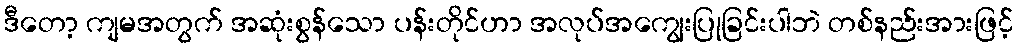
ဒီတော့ ကျမအတွက် အဆုံးစွန်သော ပန်းတိုင်ဟာ အလုပ်အကျွေးပြုခြင်းပါဘဲ တစ်နည်းအားဖြင့်